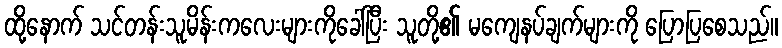
ထို့နောက် သင်တန်းသူမိန်းကလေးများကိုခေါ်ပြီး သူတို့၏ မကျေနပ်ချက်များကို ပြောပြစေသည်။